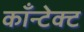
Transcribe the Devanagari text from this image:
काँन्टेक्ट